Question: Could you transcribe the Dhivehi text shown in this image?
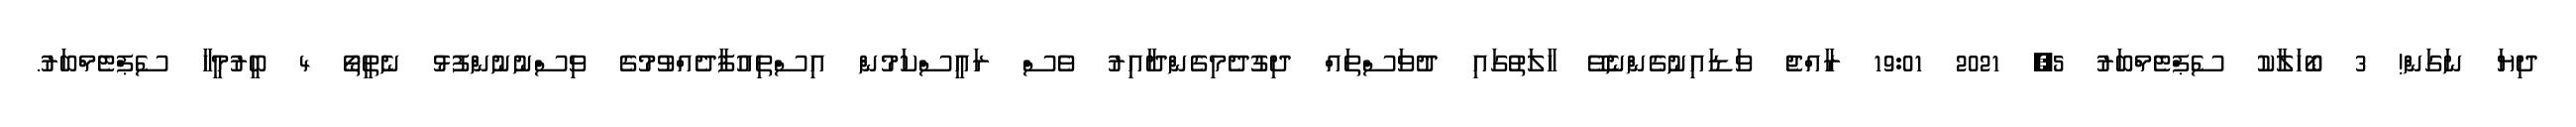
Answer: ދިޔަ ނަގަން! 3 ބޯހަލާކު ސެޕްޓެމްބަރު 5, 2021 19:01 ރާއްޖެ ވަޑައިނުގެންނެވޭ ހާލަތުގައި ދުވަސްތައް ދިގުދެމިގެންދާއިރު ވެސް ރައީސްކަމުން އިސްތިއުފާދެއްވުމުގެ ވިސްނުނުންފުޅު ނެތީތޯ 4 ބީރުމީހާ ސެޕްޓެމްބަރު.